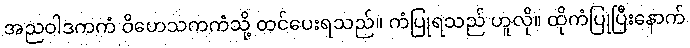
အညဝါဒကကံ ဝိဟေသကကံသို့ တင်ပေးရသည်။ ကံပြုရသည် ဟူလို။ ထိုကံပြုပြီးနောက်